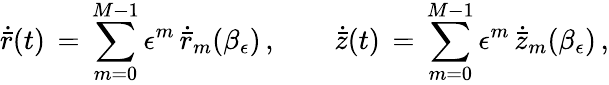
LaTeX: \dot{\bar{r}}(t)\, =\, \sum_{m=0}^{M-1}\epsilon^{m}\, \dot{\bar{r}}_{m}(\beta_{\epsilon})\, ,\qquad\dot{\bar{z}}(t)\, =\, \sum_{m=0}^{M-1}\epsilon^{m}\, \dot{\bar{z}}_{m}(\beta_{\epsilon})\, ,